画像に写った文字を読んでください
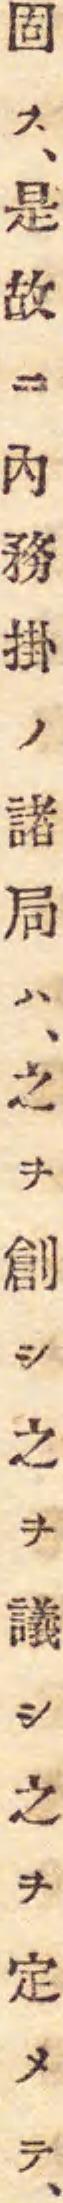
「固ス、是故ニ內務掛ノ諸局ハ、之ヲ創シ之ヲ議シ之ヲ定メテ、」と書いてあります